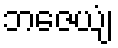
ဘဇေယျံ